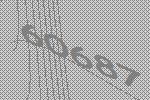
60687